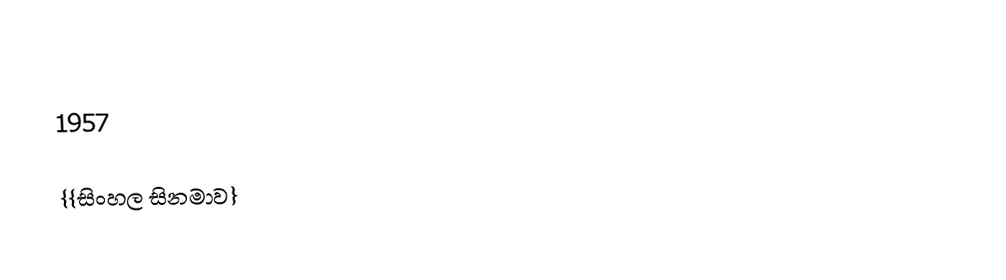

1957

{{සිංහල සිනමාව}